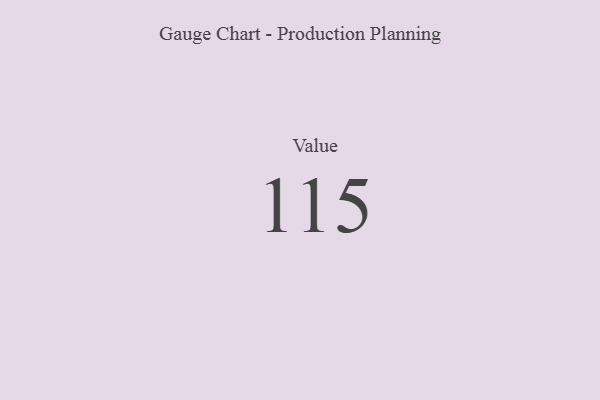
{"axis": {"x": "Metric", "y": "Value"}, "legend": [""], "data": [{"x": "Value", "y": 115, "type": ""}]}